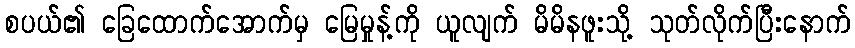
စပယ်၏ ခြေထောက်အောက်မှ မြေမှုန့်ကို ယူလျက် မိမိနဖူးသို့ သုတ်လိုက်ပြီးနောက်